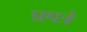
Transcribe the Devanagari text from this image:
प्रपत्रे